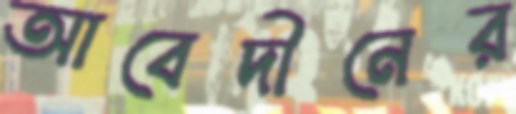
আবেদীনের